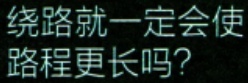
绕路就一定会使路程更长吗?